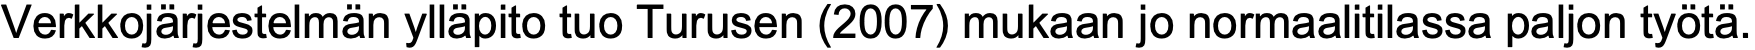
Verkkojärjestelmän ylläpito tuo Turusen (2007) mukaan jo normaalitilassa paljon työtä.